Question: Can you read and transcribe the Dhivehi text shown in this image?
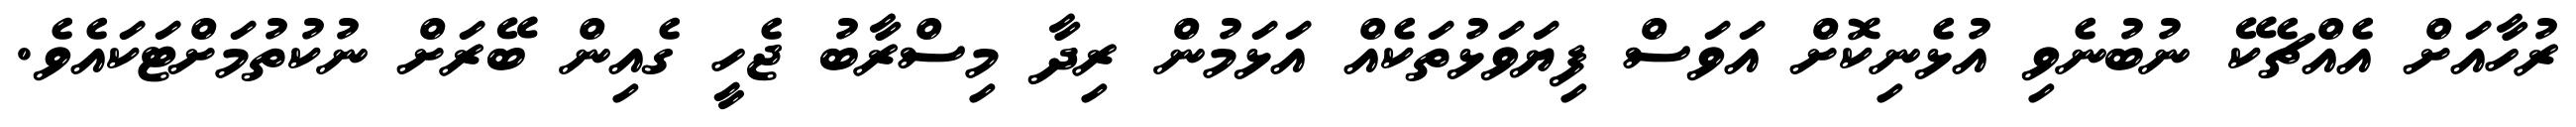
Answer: ރުހާއަށް އެއްޗެކޭ ނުބުނެވި އުޅެނިކޮށް އަވަސް ފިޔަވަޅުތަކެއް އަޅަމުން ރިދާ މިސްރާބު ޖެހީ ގެއިން ބޭރަށް ނުކުތުމަށްޓަކައެވެ.